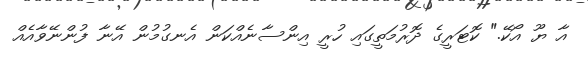
އާ ޔޫ އޯކޭ." ކޮޓަރީގެ ދޮރުމަތީގައި ހުރީ އިންސާނެއްކަން އެނގުމުން އޭނާ ފުންނޭވާއެއް